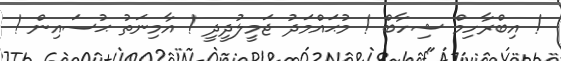
! އިބްރާހިމް ޝިހާބް ! މުޙައްމަދު ޖަމީލުދީދީ ! އާމިނަތު ޙުސައިން !